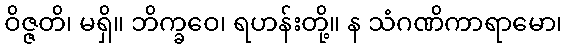
ဝိဇ္ဇတိ၊ မရှိ။ ဘိက္ခဝေ၊ ရဟန်းတို့။ န သံဂဏိကာရာမော၊